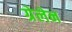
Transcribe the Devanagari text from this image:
ग्रेलेन